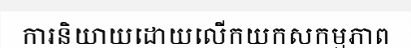
ការនិយាយដោយលើកយកសកម្មភាព